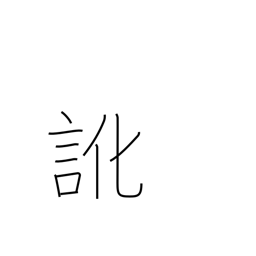
Meaning: dialect